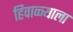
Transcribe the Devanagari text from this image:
हिवाळ्याला